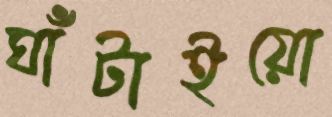
ঘাঁটাইয়ো